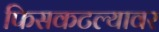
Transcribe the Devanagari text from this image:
फिसकटल्यावर